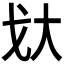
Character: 𫻨